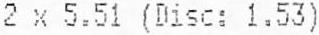
2 X 5.51 (DISC: 1.53)